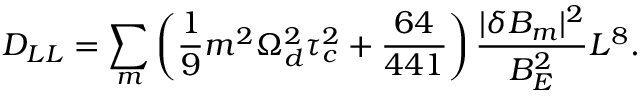
D _ { L L } = \sum _ { m } \left( \frac { 1 } { 9 } m ^ { 2 } \Omega _ { d } ^ { 2 } \tau _ { c } ^ { 2 } + \frac { 6 4 } { 4 4 1 } \right) \frac { | \delta B _ { m } | ^ { 2 } } { B _ { E } ^ { 2 } } L ^ { 8 } .